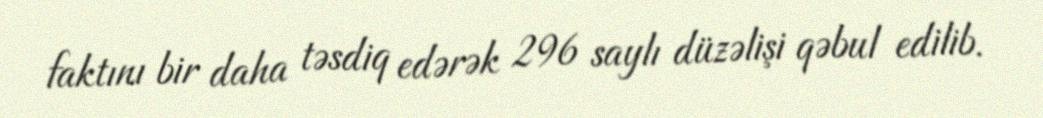
faktını bir daha təsdiq edərək 296 saylı düzəlişi qəbul edilib.